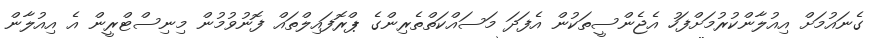
ގެނައުމަށް އިއުލާންކުރުމަށްފަހު އެޖެންސީތަކުން އެފަދަ މަސައްކަތްތެރިންގެ ޕްރޮފައިލްތައް ފޮނުވުމުން މިނިސްޓްރީން އެ އިއުލާން